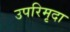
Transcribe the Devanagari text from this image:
उपरिमृदा